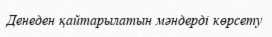
Денеден қайтарылатын мәндерді көрсету